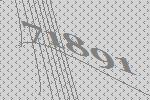
71891